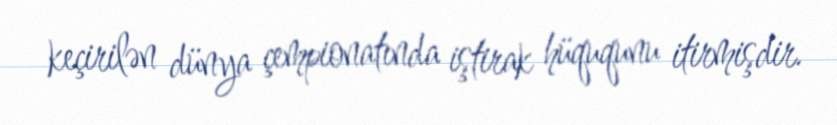
keçirilən dünya çempionatında iştirak hüququnu itirmişdir.